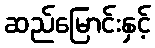
ဆည်မြောင်းနှင့်